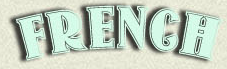
FRENGH